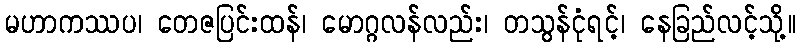
မဟာကဿပ၊ တေဇပြင်းထန်၊ မောဂ္ဂလန်လည်း၊ တသွန်ငုံရင့်၊ နေခြည်လင့်သို့။